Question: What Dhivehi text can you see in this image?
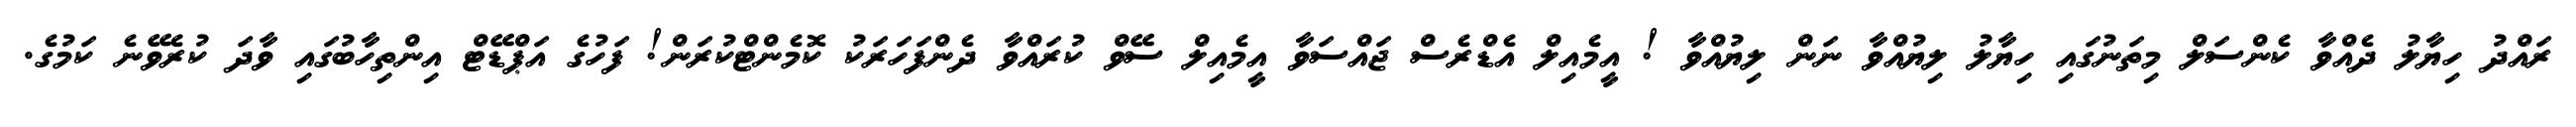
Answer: ރައްދު ހިޔާލު ދެއްވާ ކެންސަލް މިތަނުގައި ހިޔާލު ލިޔުއްވާ ނަން ލިޔުއްވާ ! އީމެއިލް އެޑްރެސް ޖައްސަވާ އީމެއިލް ސޭވް ކުރައްވާ ދެންފަހަރަކު ކޮމެންޓްކުރަން! ފަހުގެ އަޕްޑޭޓް އިންތިހާބުގައި ވާދަ ކުރެވޭނެ ކަމުގެ.